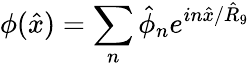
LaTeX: \phi(\hat{x})=\sum_{n}\hat{\phi}_{n}e^{in\hat{x}/\hat{R}_{9}}